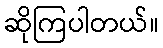
ဆိုကြပါတယ်။